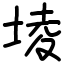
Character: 堎